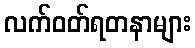
လက်ဝတ်ရတနာများ